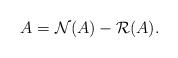
LaTeX: \begin{align*} A = \mathcal{N}(A) - \mathcal{R}(A).\end{align*}